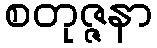
စတုဇ္ဇနာ